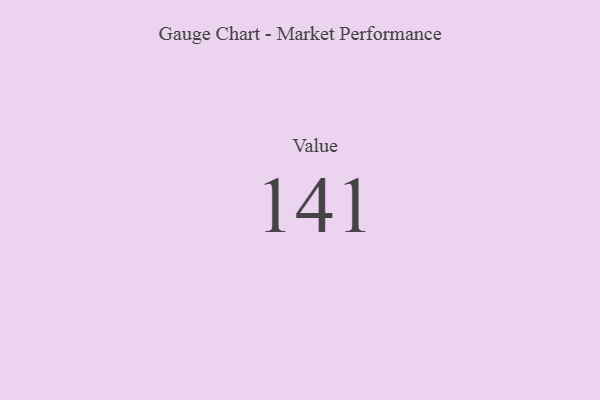
{"axis": {"x": "Metric", "y": "Value"}, "legend": [""], "data": [{"x": "Value", "y": 141, "type": ""}]}